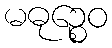
မဓုဉ္စေဝ